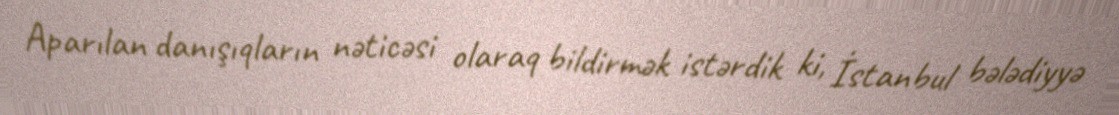
Aparılan danışıqların nəticəsi olaraq bildirmək istərdik ki, İstanbul bələdiyyə